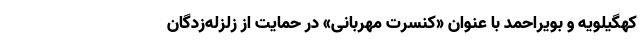
کهگیلویه و بویراحمد با عنوان «کنسرت مهربانی» در حمایت از زلزله‌زدگان